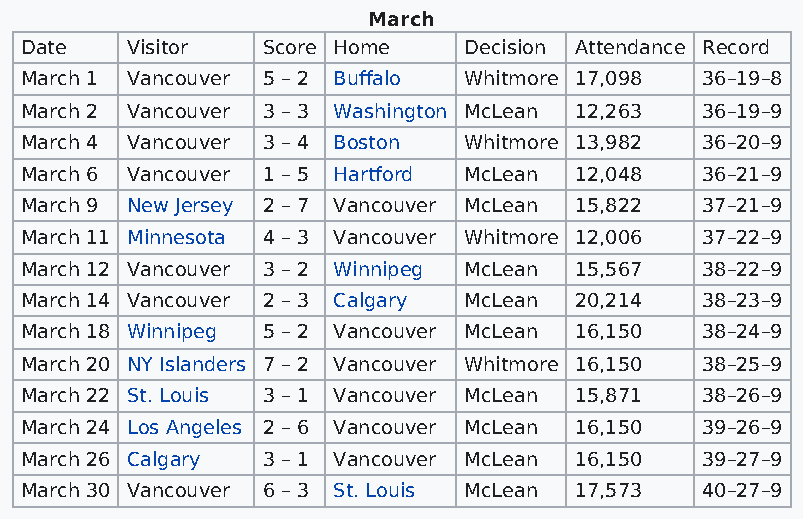
March
 Date   Visitor  Score Home    Decision Attendance Record
 March 1 Vancouver 5 – 2 Buffalo Whitmore 17,098 36–19–8
 March 2 Vancouver 3 – 3 Washington McLean 12,263 36–19–9
 March 4 Vancouver 3 – 4 Boston Whitmore 13,982 36–20–9
 March 6 Vancouver 1 – 5 Hartford McLean 12,048 36–21–9
 March 9 New Jersey 2 – 7 Vancouver McLean 15,822 37–21–9
 March 11 Minnesota 4 – 3 Vancouver Whitmore 12,006 37–22–9
 March 12 Vancouver 3 – 2 Winnipeg McLean 15,567 38–22–9
 March 14 Vancouver 2 – 3 Calgary McLean 20,214 38–23–9
 March 18 Winnipeg 5 – 2 Vancouver McLean 16,150 38–24–9
 March 20 NY Islanders 7 – 2 Vancouver Whitmore 16,150 38–25–9
 March 22 St. Louis 3 – 1 Vancouver McLean 15,871 38–26–9
 March 24 Los Angeles 2 – 6 Vancouver McLean 16,150 39–26–9
 March 26 Calgary 3 – 1 Vancouver McLean 16,150 39–27–9
 March 30 Vancouver 6 – 3 St. Louis McLean 17,573 40–27–9